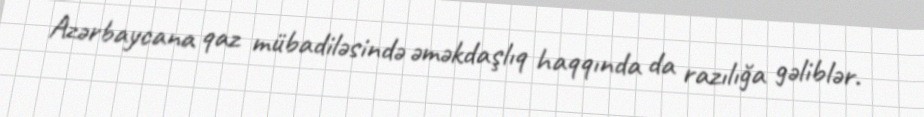
Azərbaycana qaz mübadiləsində əməkdaşlıq haqqında da razılığa gəliblər.